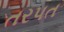
તરપત